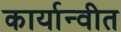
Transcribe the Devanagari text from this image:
कार्यान्‍वीत